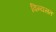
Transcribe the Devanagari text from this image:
विन्यसत